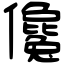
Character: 儳